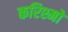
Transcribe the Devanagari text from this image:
करिश्मों